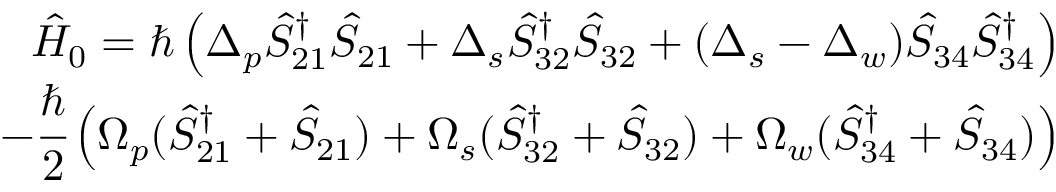
\begin{array} { r } { \hat { H } _ { 0 } = \hslash \left( \Delta _ { p } \hat { S } _ { 2 1 } ^ { \dagger } \hat { S } _ { 2 1 } + \Delta _ { s } \hat { S } _ { 3 2 } ^ { \dagger } \hat { S } _ { 3 2 } + ( \Delta _ { s } - \Delta _ { w } ) \hat { S } _ { 3 4 } \hat { S } _ { 3 4 } ^ { \dagger } \right) } \\ { - \cfrac { \hslash } { 2 } \left( \Omega _ { p } ( \hat { S } _ { 2 1 } ^ { \dagger } + \hat { S } _ { 2 1 } ) + \Omega _ { s } ( \hat { S } _ { 3 2 } ^ { \dagger } + \hat { S } _ { 3 2 } ) + \Omega _ { w } ( \hat { S } _ { 3 4 } ^ { \dagger } + \hat { S } _ { 3 4 } ) \right) } \end{array}